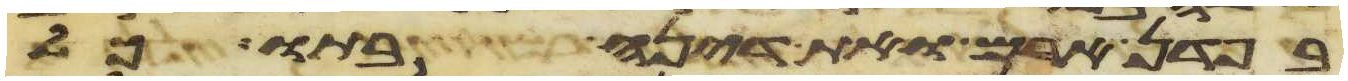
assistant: בפדן ארם ואת דינה בתו כל